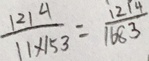
\frac { 1 2 1 9 } { 1 1 \times 1 5 3 } = \frac { 1 2 1 4 } { 1 6 8 3 }